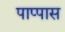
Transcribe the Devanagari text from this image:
पाप्पास